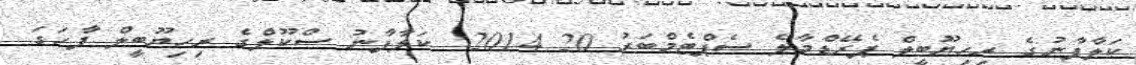
ކަލާފާނުގެ ރިހިޔޫބީލް ޕެރޭޑްމާލެ ސެޕްޓެމްބަރު 20 2014: ކަލާފާނު ސްކޫލްގެ ރިހިޔޫބީލް ފާހަގަ